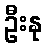
ဦးနု